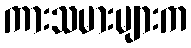
ကားသမားများက